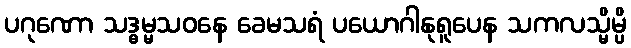
ပဂုဏော သဒ္ဓမ္မသဝနေ ခေမသရံ ပယောဂါနုရူပေန သကလသ္မိမ္ပိ